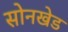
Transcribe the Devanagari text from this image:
सोनखेड